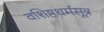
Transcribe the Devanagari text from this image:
वशिष्ठधर्मसूत्र